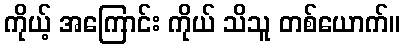
ကိုယ့် အကြောင်း ကိုယ် သိသူ တစ်ယောက်။